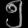
Digit: ၅